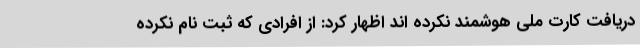
دریافت کارت ملی هوشمند نکرده اند اظهار کرد: از افرادی که ثبت نام نکرده